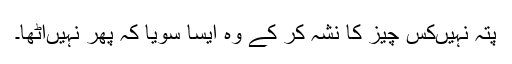
پتہ نہیں‌کس چیز کا نشہ کر کے وہ ایسا سویا کہ پھر نہیں‌اٹھا۔